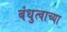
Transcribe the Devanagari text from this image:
बंधुत्वाच्या